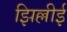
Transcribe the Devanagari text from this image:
झिल्लीई